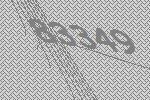
83349